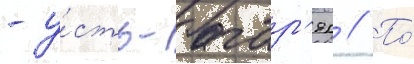
- у́сть-багар'як // По́